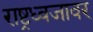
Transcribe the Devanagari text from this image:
राष्ट्रध्वजावर